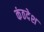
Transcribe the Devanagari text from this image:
कंठदेश